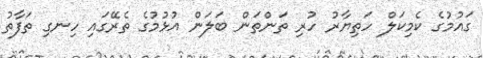
ގައުމުގެ ކެމިކަލް ހަތިޔާރު ހުރި ތަންތަން ބަލަން އުޅުމުގެ ތެރޭގައި ހިނގި ތަފާތު